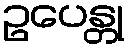
ဥပေန္တု